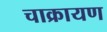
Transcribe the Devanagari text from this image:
चाक्रायण